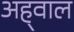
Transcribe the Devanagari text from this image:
अह्‌वाल